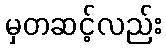
မှတဆင့်လည်း